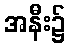
အနီး၌